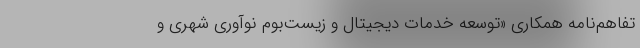
تفاهم‌نامه‌ همکاری «توسعه خدمات دیجیتال و زیست‌بوم نوآوری شهری و